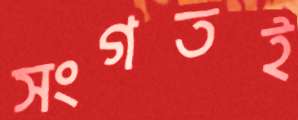
সংগতই